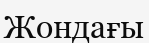
Жондағы